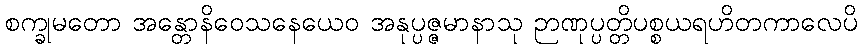
စက္ခုမတော အန္တောနိဝေသနေယေဝ အနုပ္ပဇ္ဇမာနာသု ဉာဏုပ္ပတ္တိပစ္စယရဟိတကာလေပိ